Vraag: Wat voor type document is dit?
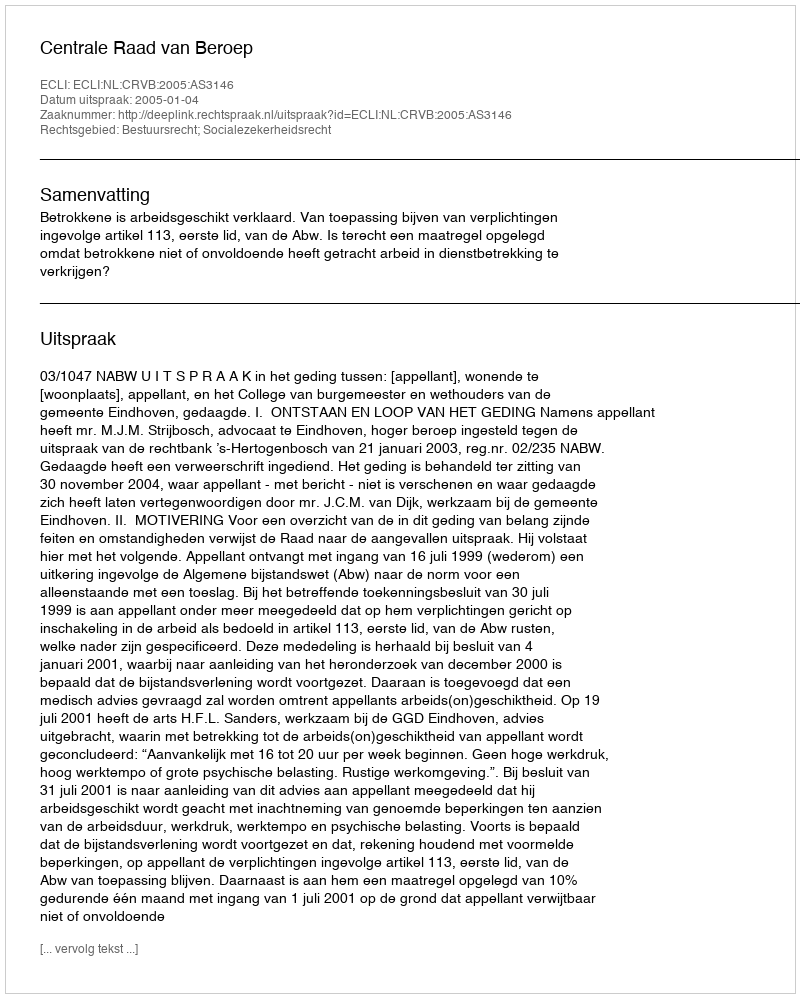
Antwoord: Uitspraak